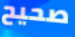
صحيح